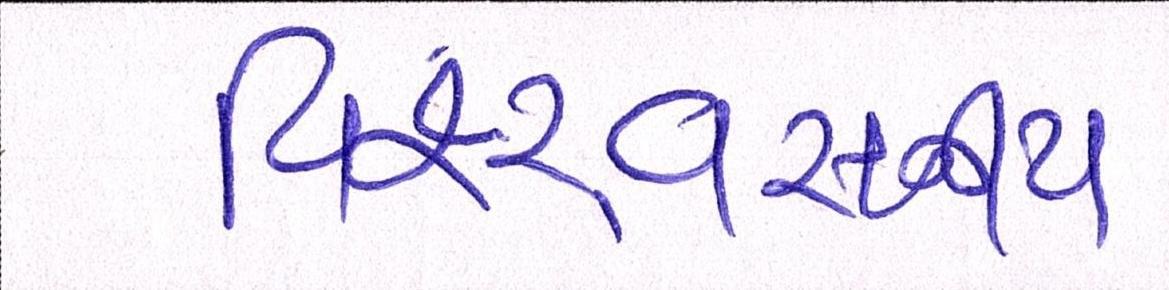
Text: વિશ્ર્વસનીય